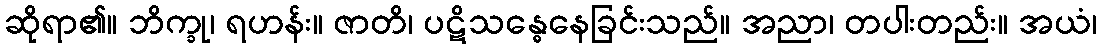
ဆိုရာ၏။ ဘိက္ခု၊ ရဟန်း။ ဇာတိ၊ ပဋိသန္ဓေနေခြင်းသည်။ အညာ၊ တပါးတည်း။ အယံ၊